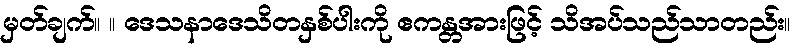
မှတ်ချက်။ ။ ဒေသနာဒေသိတနှစ်ပါးကို ဧကန္တအားဖြင့် သိအပ်သည်သာတည်း။